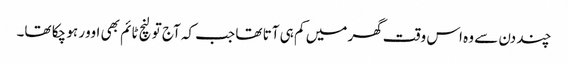
چند دن سے وہ اس وقت گھر میں کم ہی آتا تھا جب کہ آج تو لنچ ٹائم بھی اوور ہو چکا تھا۔